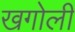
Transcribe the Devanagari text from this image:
खगोली